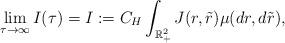
LaTeX: \begin{align*}\lim_{\tau\to\infty} I(\tau)= I :=C_{H}\int_{\mathbb{R}_{+}^{2}} J(r,\tilde{r}) \mu(dr,d\tilde{r} ) ,\end{align*}